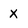
Character: X